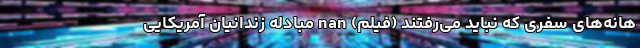
هانه‌های سفری که نباید می‌رفتند (فیلم) nan مبادله زندانیان آمریکایی